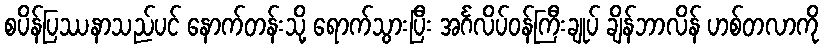
စပိန်ပြဿနာသည်ပင် နောက်တန်းသို့ ရောက်သွားပြီး အင်္ဂလိပ်ဝန်ကြီးချုပ် ချိန်ဘာလိန် ဟစ်တလာကို